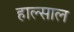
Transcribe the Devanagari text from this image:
हाल्साल